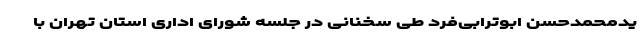
یدمحمدحسن ابوترابی‌فرد طی سخنانی در جلسه شورای اداری استان تهران با